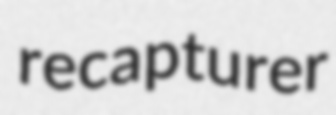
recapturer